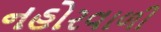
નહોરવાળી